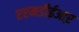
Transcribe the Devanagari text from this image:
एएमडीईआऱ